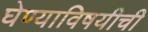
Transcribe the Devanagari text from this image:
घेण्याविषयीची